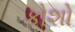
કોશો